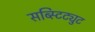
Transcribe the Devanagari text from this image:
सब्स्टिट्युट